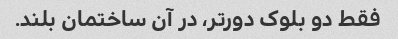
فقط دو بلوک دورتر، در آن ساختمان بلند.